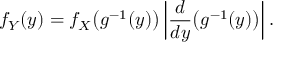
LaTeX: f _ { Y } ( y ) = f _ { X } { \big ( } g ^ { - 1 } ( y ) { \big ) } \left| { \frac { d } { d y } } { \big ( } g ^ { - 1 } ( y ) { \big ) } \right| .